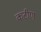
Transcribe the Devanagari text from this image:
कटीण